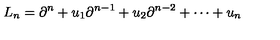
L _ { n } = \partial ^ { n } + u _ { 1 } \partial ^ { n - 1 } + u _ { 2 } \partial ^ { n - 2 } + \cdots + u _ { n }